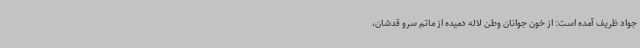
جواد ظریف آمده است: از خون جوانان وطن لاله دمیده از ماتم سرو قدشان،